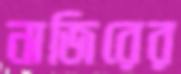
নাজিরের